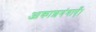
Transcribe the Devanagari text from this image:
आकाशगंगाएँ।